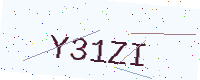
Text: Y31ZI